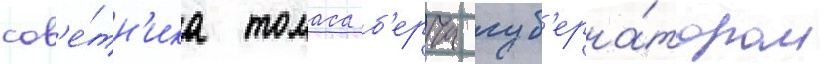
сов'е́тн'ика томаса б'ерча губ'ерна́тором